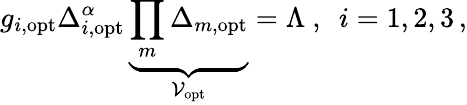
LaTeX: g_{i,\mathrm{opt}}\Delta_{i,\mathrm{opt}}^{\alpha}\, \underbrace{\prod_{m}\Delta_{m,\mathrm{opt}}}_{\mathcal{V}_{\mathrm{opt}}}=\Lambda\ ,\ \ i=1,2,3\, ,